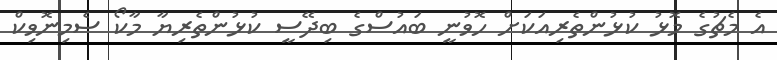
އެ މެޗުގެ މޮޅު ކުޅުންތެރިއަކަށް ހޮވުނީ ބައުސްގެ ބިދޭސީ ކުޅުންތެރިޔާ މާކޯ ސެމިނޮވިކް